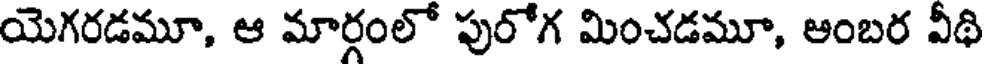
యెగరడమూ, ఆ మార్గంలో పురోగ మించడమూ, అంబర వీథి